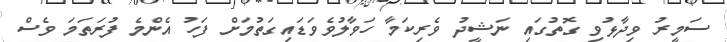
ސަމީރު ވިދާޅުވި ގޮތުގައި ނަޝީދު ވެރިކަމާ ހަވާލުވެވަޑައިގަތުމަށް ފަހު އެންމެ ފުރަތަމަ ވެސް